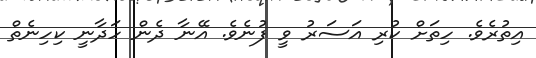
އިތުރެވެ. ހިތަށް ކުރި އަސަރު ވީ ފުނެވެ. އޭނާ ދެން ހަދާނީ ކިހިނެތް